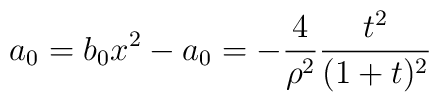
a_0=b_0x^2-a_0=-\frac{4}{\rho ^2}\frac{t^2}{(1+t)^2}